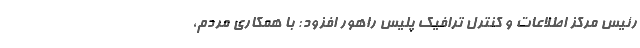
رئیس مرکز اطلاعات و کنترل ترافیک پلیس راهور افزود: با همکاری مردم،